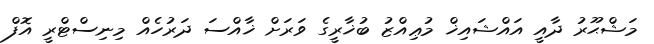
މަޝްޙޫރު ދާއީ އައްޝައިޚް މުޢިއްޒު ބުޚާރީގެ ވަރަށް ޚާއްސަ ދަރުހެއް މިނިސްޓްރީ އޮފް